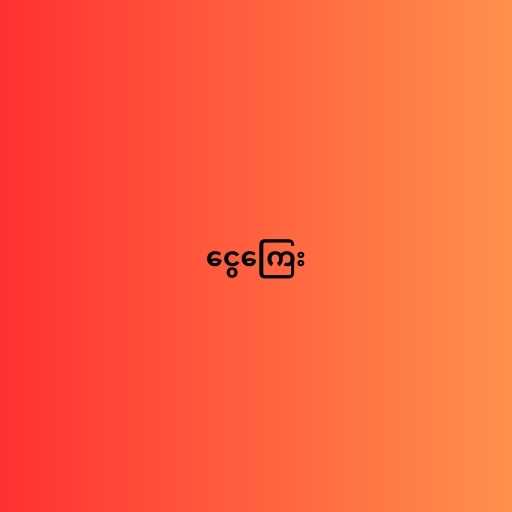
ငွေကြေး